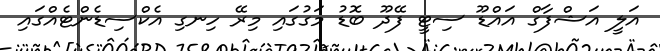
އަލީ އަޝްފާގް އައްޑޫ ސިޓީ ފޭދޫ ބޮޑު މަގުގައި މިރޭ ހިނގި އެކްސިޑެންޓެއްގައި